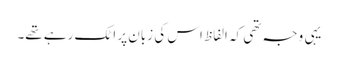
یہی وجہ تھی کہ الفاظ اس کی زبان پر اٹک رہے تھے۔